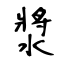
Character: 漿